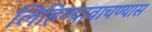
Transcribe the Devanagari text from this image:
लिहिण्यावाचण्यास